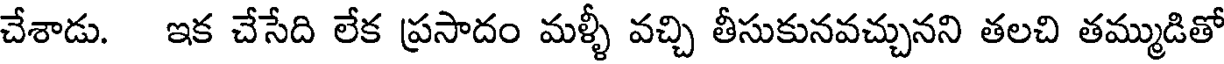
చేశాడు. ఇక చేసేది లేక ప్రసాదం మళ్ళీ వచ్చి తీసుకునవచ్చునని తలచి తమ్ముడితో